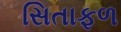
સિતાફળ